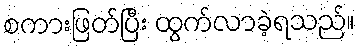
စကားဖြတ်ပြီး ထွက်လာခဲ့ရသည်။